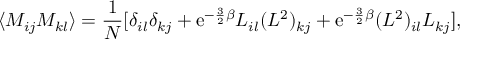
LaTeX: \langle M _ { i j } M _ { k l } \rangle = \frac { 1 } { N } [ \delta _ { i l } \delta _ { k j } + \mathrm { e } ^ { - \frac { 3 } { 2 } \beta } L _ { i l } ( L ^ { 2 } ) _ { k j } + \mathrm { e } ^ { - \frac { 3 } { 2 } \beta } ( L ^ { 2 } ) _ { i l } L _ { k j } ] ,